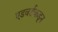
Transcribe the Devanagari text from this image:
एडवर्डकडून